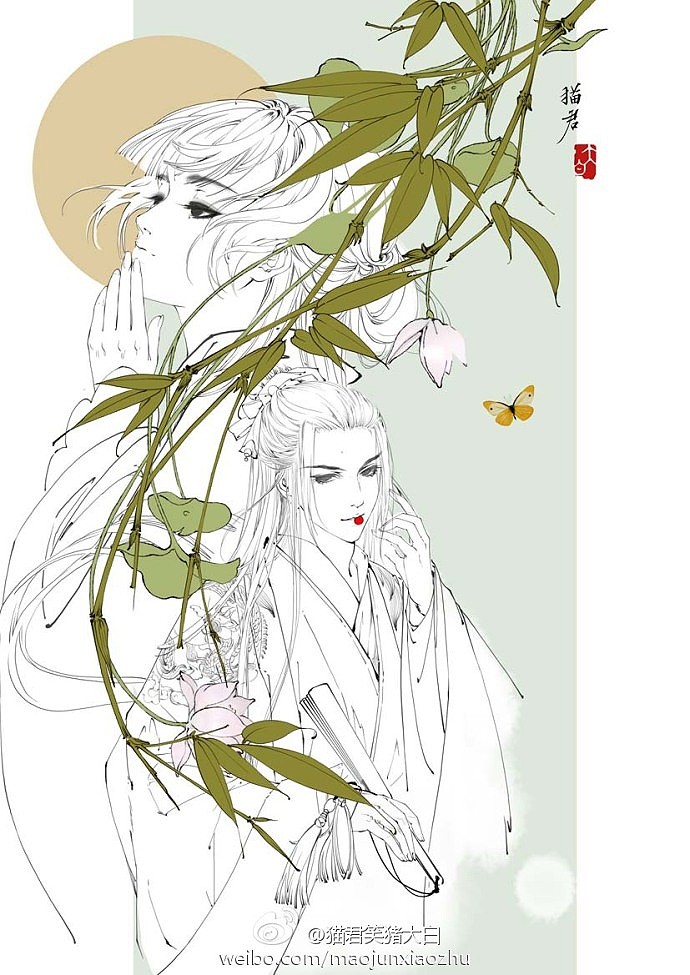
孤灯不明思欲绝，卷帷望月空长叹。